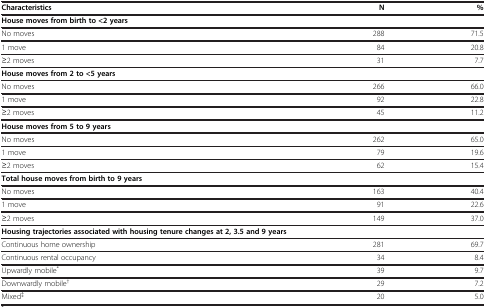
<table><thead><tr><td><b>Characteristics</b></td><td><b>N</b></td><td><b>%</b></td></tr><tr><td><b>House moves from birth to &lt;2 years</b></td><td><b> </b></td><td><b> </b></td></tr></thead><tbody><tr><td>No moves</td><td>288</td><td>71.5</td></tr><tr><td>1 move</td><td>84</td><td>20.8</td></tr><tr><td>≥2 moves</td><td>31</td><td>7.7</td></tr><tr><td><b>House moves from 2 to &lt;5 years</b></td><td> </td><td> </td></tr><tr><td>No moves</td><td>266</td><td>66.0</td></tr><tr><td>1 move</td><td>92</td><td>22.8</td></tr><tr><td>≥2 moves</td><td>45</td><td>11.2</td></tr><tr><td><b>House moves from 5 to 9 years</b></td><td> </td><td> </td></tr><tr><td>No moves</td><td>262</td><td>65.0</td></tr><tr><td>1 move</td><td>79</td><td>19.6</td></tr><tr><td>≥2 moves</td><td>62</td><td>15.4</td></tr><tr><td><b>Total house moves from birth to 9 years</b></td><td> </td><td> </td></tr><tr><td>No moves</td><td>163</td><td>40.4</td></tr><tr><td>1 move</td><td>91</td><td>22.6</td></tr><tr><td>≥2 moves</td><td>149</td><td>37.0</td></tr><tr><td><b>Housing trajectories associated with housing tenure changes at 2, 3.5 and 9 years</b></td><td> </td><td> </td></tr><tr><td>Continuous home ownership</td><td>281</td><td>69.7</td></tr><tr><td>Continuous rental occupancy</td><td>34</td><td>8.4</td></tr><tr><td>Upwardly mobile<sup>*</sup></td><td>39</td><td>9.7</td></tr><tr><td>Downwardly mobile<sup>†</sup></td><td>29</td><td>7.2</td></tr><tr><td>Mixed<sup>‡</sup></td><td>20</td><td>5.0</td></tr></tbody></table>